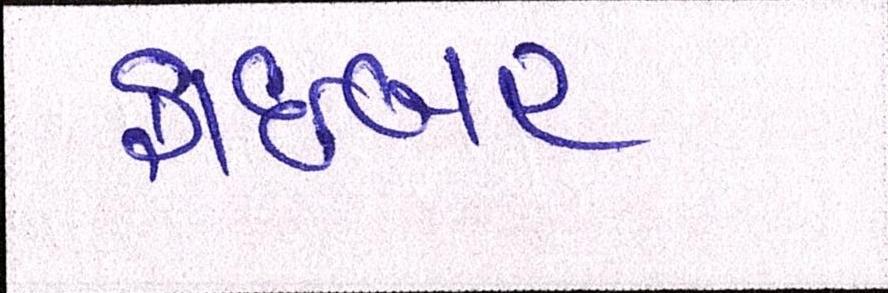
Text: ફાઇબર